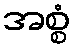
အစ္စံ